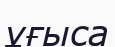
ұғыса